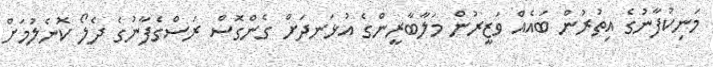
މަނިކުފާނުގެ އިތުރުން ބައެއް ވަޒީރުން މަލާބާރީންގެ އުޅަނދަށް ގެންގޮސް ރަސްގެފާނުގެ ދެލޯ ކޮނެލުމަށް